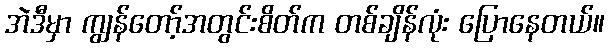
အဲဒီမှာ ကျွန်တော့်အတွင်းစိတ်က တစ်ချိန်လုံး ပြောနေတယ်။